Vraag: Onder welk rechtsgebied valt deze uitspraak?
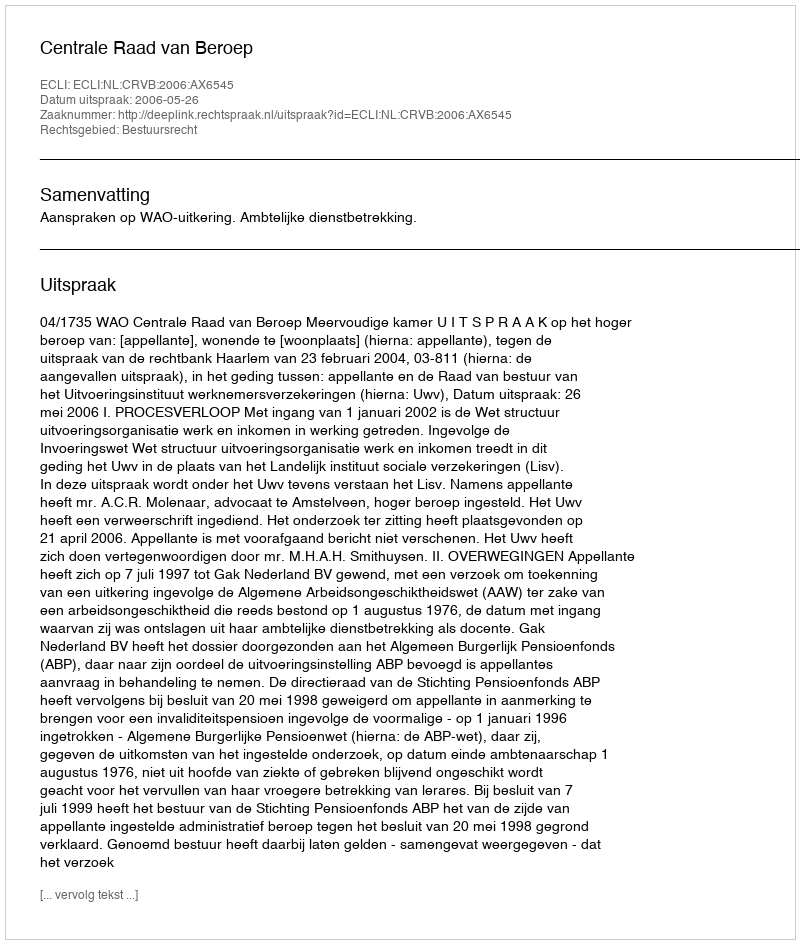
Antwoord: Bestuursrecht